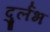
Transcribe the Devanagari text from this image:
दुर्र्लभ